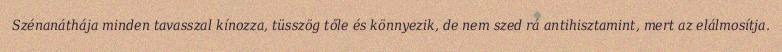
Szénanáthája minden tavasszal kínozza, tüsszög tőle és könnyezik, de nem szed rá antihisztamint, mert az elálmosítja.